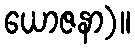
ယောဇနာ)။